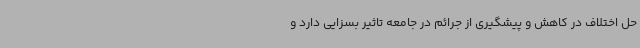
حل اختلاف در کاهش و پیشگیری از جرائم در جامعه تاًثیر بسزایی دارد و